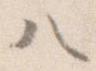
ハ